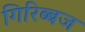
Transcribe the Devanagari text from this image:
गिरिब्बज